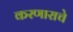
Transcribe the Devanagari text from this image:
करणाराचे